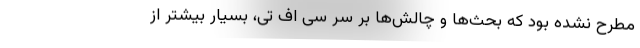
مطرح نشده بود که بحث‌ها و چالش‌ها بر سر سی اف تی، بسیار بیشتر از